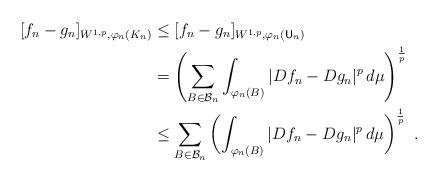
LaTeX: \begin{align*}[f_n-g_n]_{W^{1,p},\varphi_n(K_n)}&\leq[f_n-g_n]_{W^{1,p},\varphi_n(\mathsf{U}_n)}\\&=\left(\sum_{B\in\mathcal{B}_n}\int_{\varphi_n(B)}|Df_n-Dg_n|^p\,d\mu\right)^{\frac{1}{p}}\\&\leq\sum_{B\in\mathcal{B}_n}\left(\int_{\varphi_n(B)}|Df_n-Dg_n|^p\,d\mu\right)^{\frac{1}{p}} \ . \end{align*}